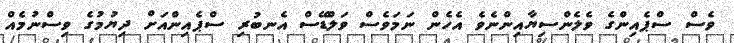
ވެސް ސްޕެއިންގެ ވެލެންސިޔާއިންނެވެ އެހެން ނަމަވެސް ވަލްޑޭސް އެނބުރި ސްޕެއިންއަށް ދިޔުމުގެ ވިސްނުމެއް